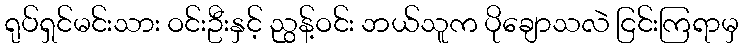
ရုပ်ရှင်မင်းသား ဝင်းဦးနှင့် ညွန့်ဝင်း ဘယ်သူက ပိုချောသလဲ ငြင်းကြရာမှ